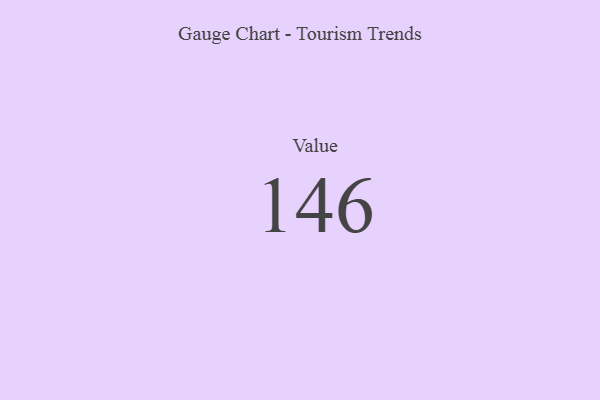
{"axis": {"x": "Metric", "y": "Value"}, "legend": [""], "data": [{"x": "Value", "y": 146, "type": ""}]}